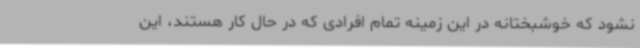
نشود که خوشبختانه در این زمینه تمام افرادی که در حال کار هستند، این